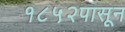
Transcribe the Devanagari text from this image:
१८५२पासून